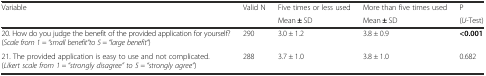
| <ROWSPAN=2> Variable | <ROWSPAN=2> Valid N | Five times or less used | More than five times used | P |
 | Mean ± SD | Mean ± SD | (U-Test) |
 | --- | --- | --- | --- | --- |
 | 20. How do you judge the benefit of the provided application for yourself? (Scale from 1 = “small benefit“to 5 = “large benefit“) | 290 | 3.0 ± 1.2 | 3.8 ± 0.9 | <0.001 |
 | 21. The provided application is easy to use and not complicated. (Likert scale from 1 = “strongly disagree” to 5 = “strongly agree“) | 288 | 3.7 ± 1.0 | 3.8 ± 1.0 | 0.682 |